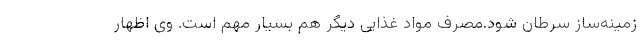
زمینه‌ساز سرطان شود.مصرف مواد غذایی دیگر هم بسیار مهم است. وی اظهار